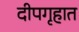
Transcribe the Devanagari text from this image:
दीपगृहात